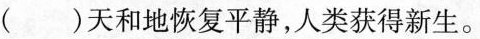
( )天和地恢复平静，人类获得新生。